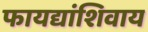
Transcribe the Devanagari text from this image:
फायद्यांशिवाय